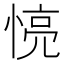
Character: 𢝋